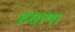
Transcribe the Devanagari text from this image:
हंसाया